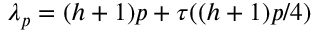
\lambda _ { p } = ( h + 1 ) p + \tau ( ( h + 1 ) p / 4 )